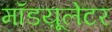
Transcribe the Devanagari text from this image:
मॉडय़ूलेटर